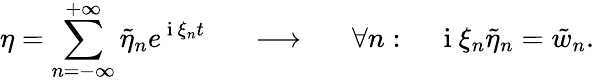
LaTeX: \eta=\sum_{n=-\infty}^{+\infty}\tilde{\eta}_{n}e^{\mathrm{~i~}\xi_{n}t}\ \ \ \ \ \ \longrightarrow\ \ \ \ \ \ \forall n:\ \ \ \ \mathrm{~i~}\xi_{n}\tilde{\eta}_{n}=\tilde{w}_{n}.